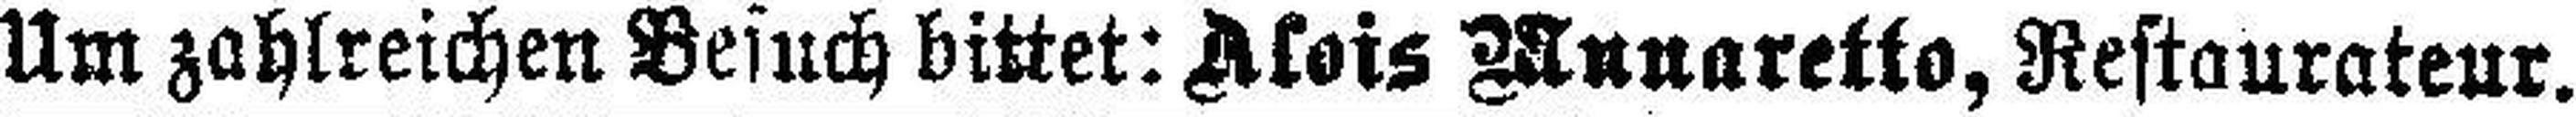
Um zahlreichen Besuch bittet: Alois Munaretto, Restaurateur.